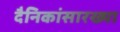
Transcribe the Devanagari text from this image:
दैनिकांसारख्या